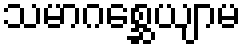
သမာဂစ္ဆေယျာမ